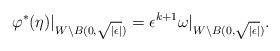
LaTeX: \begin{align*} \varphi^{\ast}(\eta)|_{W\setminus B(0,\sqrt{|\epsilon|})}=\epsilon^{k+1}\omega|_{W\setminus B(0,\sqrt{|\epsilon|})}.\end{align*}